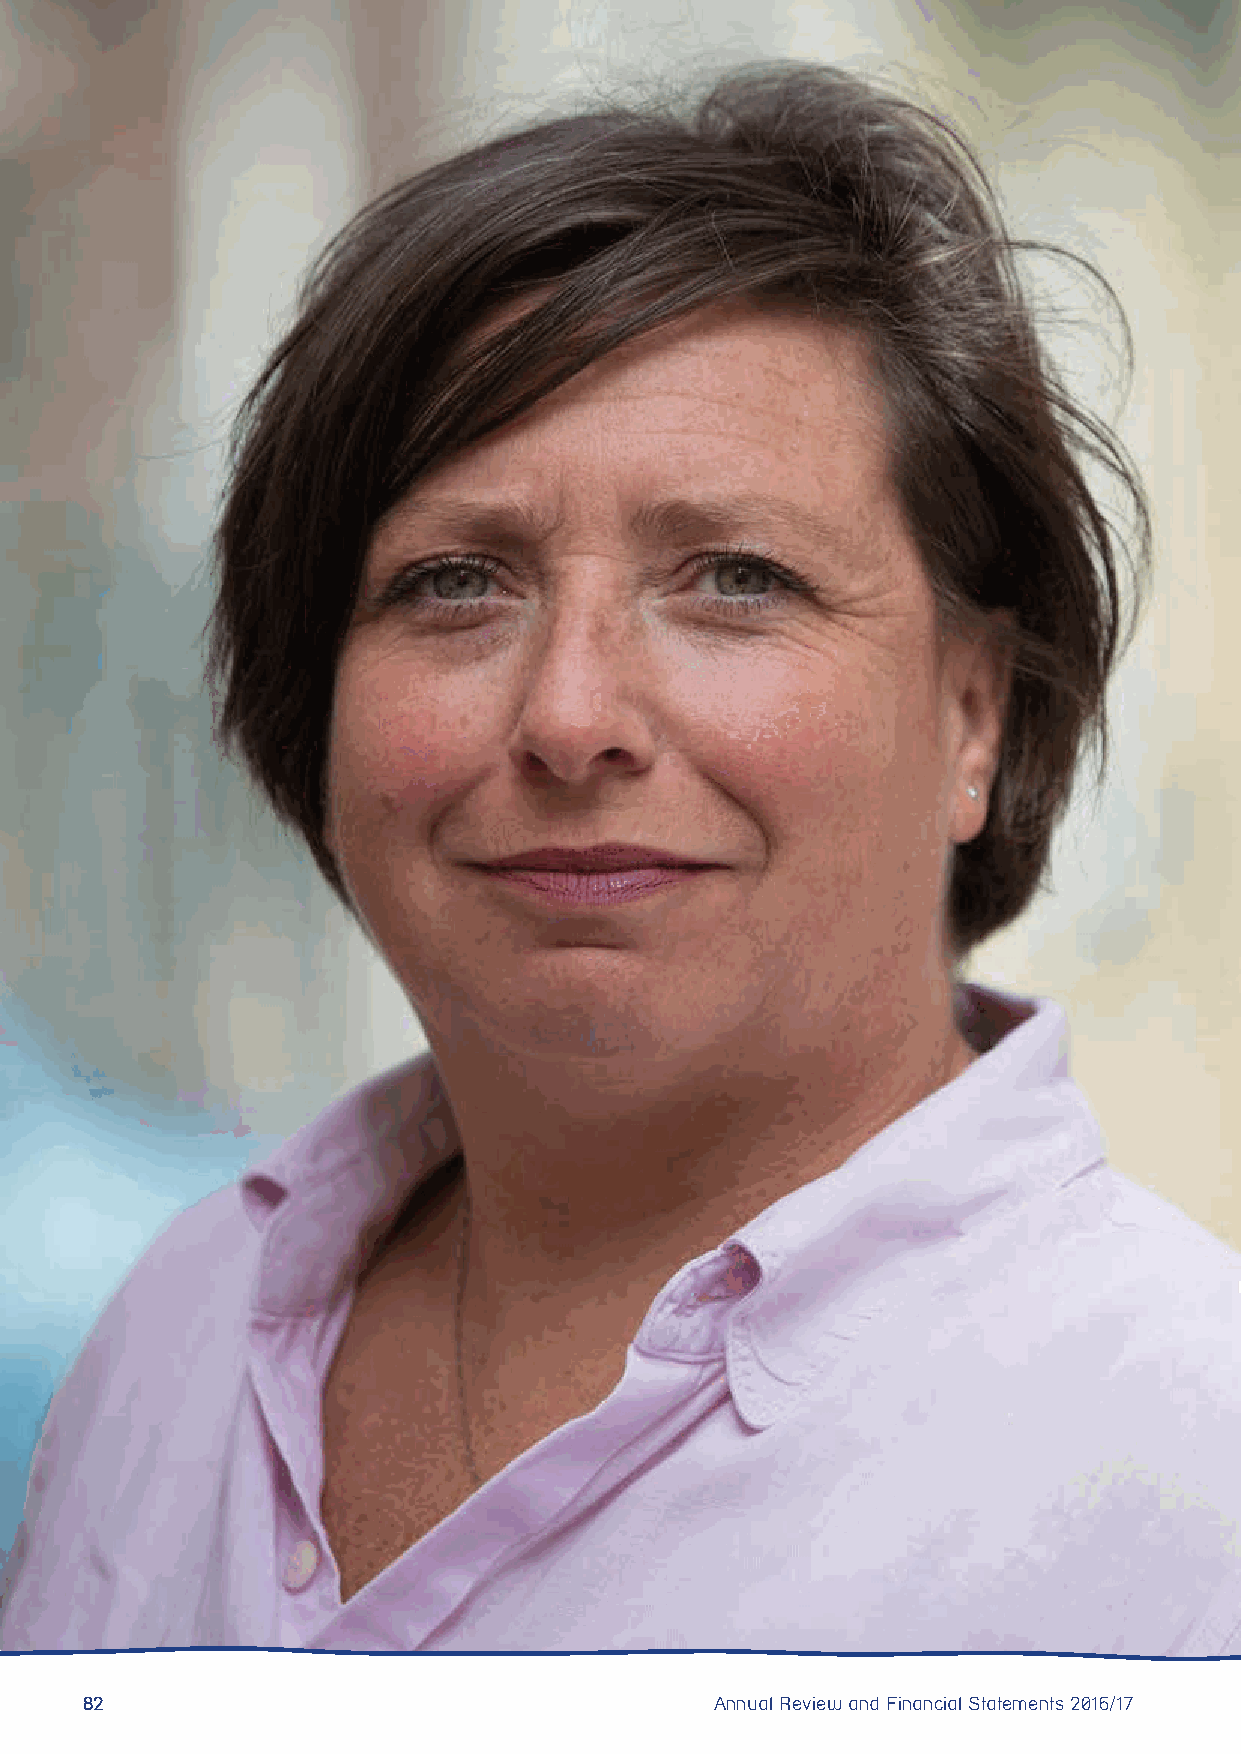
82                                        Annual Review and Financial Statements 2016/17